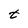
Character: t